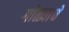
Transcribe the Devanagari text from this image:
गोळ्याचे